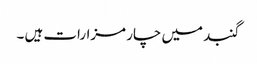
گنبد میں چار مزارات ہیں ۔